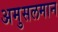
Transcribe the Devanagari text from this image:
अमुसलमान